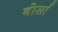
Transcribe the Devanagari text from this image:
बोर्सा